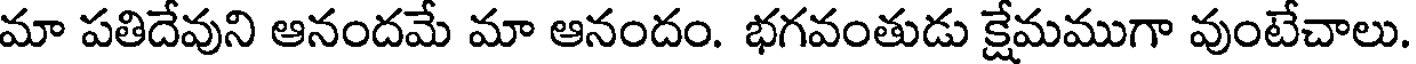
మా పతిదేవుని ఆనందమే మా ఆనందం. భగవంతుడు క్షేమముగా వుంటేచాలు.